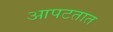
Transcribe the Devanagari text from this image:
आपटतात